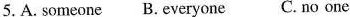
5. A. Someone B. Everyone C. No one